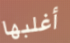
أغلبها